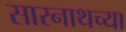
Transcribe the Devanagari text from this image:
सारनाथच्या